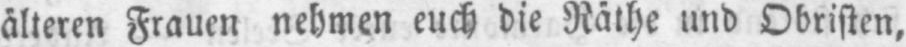
älteren Frauen nehmen euch die Räthe und Obristen,